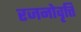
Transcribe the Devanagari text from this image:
रजनोवृत्ति